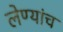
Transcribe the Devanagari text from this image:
लेण्यांच